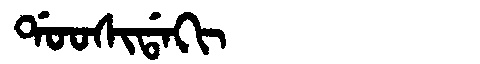
Manchu: ᡩᠣᠣᠰᡳᡩᠠᡴᡳ
Romanization: DOOSIDAKI